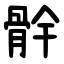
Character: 䯎